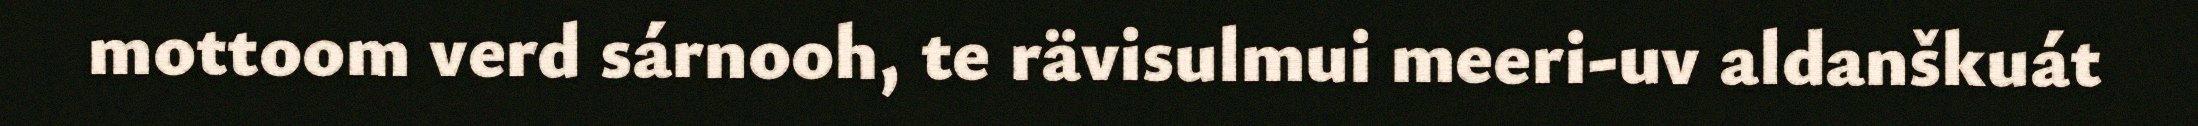
mottoom verd sárnooh, te rävisulmui meeri-uv aldanškuát